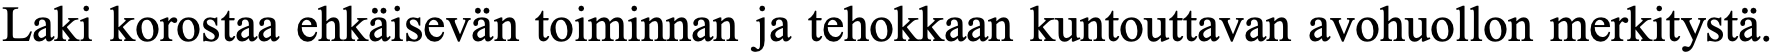
Laki korostaa ehkäisevän toiminnan ja tehokkaan kuntouttavan avohuollon merkitystä.